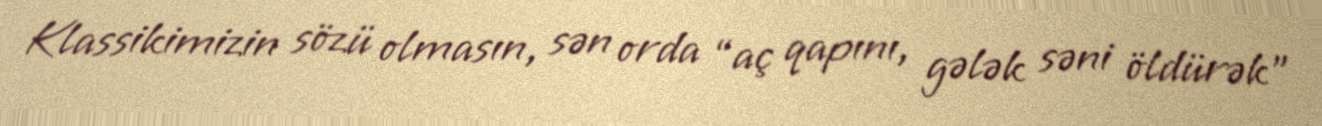
Klassikimizin sözü olmasın, sən orda “aç qapını, gələk səni öldürək”